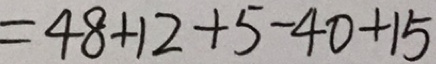
= 4 8 + 1 2 + 5 - 4 0 + 1 5